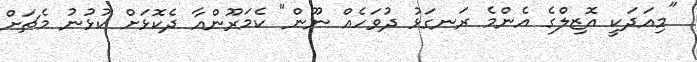
"މިއަދަކީ އޮޒިލްގެ އެންމެ ރަނގަޅު ދުވަހެއް ނޫން" ކެމަރޫންއާ ދެކޮޅަށް ކުޅުނު މެޗަށް